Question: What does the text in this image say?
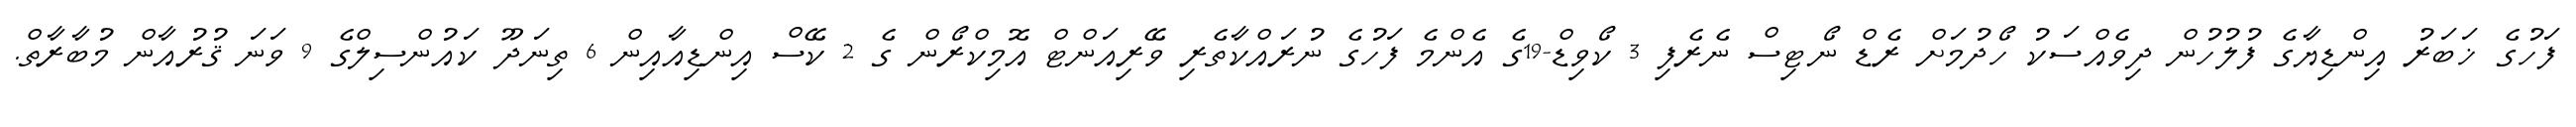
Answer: ފަހުގެ ޚަބަރު އިންޑިޔާގެ ފުލުހުން ދިވެއްސަކު ހޯދުމަށް ރެޑް ނޯޓިސް ނެރެފި 3 ކޯވިޑް-19ގެ އެންމެ ފަހުގެ ނުރައްކާތެރި ވޭރިއަންޓް އޮމިކްރޯން ގެ 2 ކޭސް އިންޑިއާއިން 6 ތިނަދޫ ކައުންސިލްގެ 9 ވަނަ ޤުރުއާން މުބާރާތް.